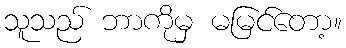
သူသည် ဘာကိုမှ မမြင်တော့။